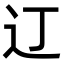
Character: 𫟧